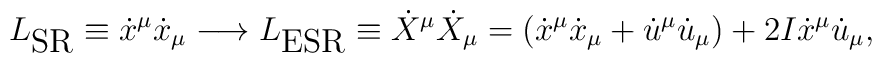
L_{\textrm{SR}} \equiv \dot x^\mu \dot x_\mu \longrightarrow L_{\textrm{ESR}}\equiv\dot X^\mu  \dot X_\mu = (\dot x^\mu \dot x_\mu + \dot u^\mu \dot u_\mu) + 2 I  \dot x^\mu \dot u_\mu,